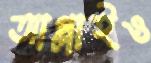
আগ্‌লাইও